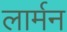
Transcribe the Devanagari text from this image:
लार्मन